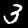
Digit: 3